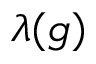
\lambda ( g )